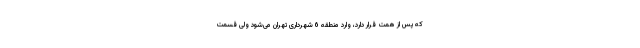
که پس از همت قرار دارد، وارد منطقه 6 شهرداری تهران می‌شود ولی قسمت